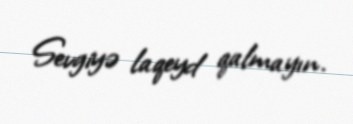
Sevgiyə laqeyd qalmayın.